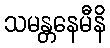
သမန္တနေမီနိ